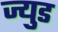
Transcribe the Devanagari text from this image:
ज्युड